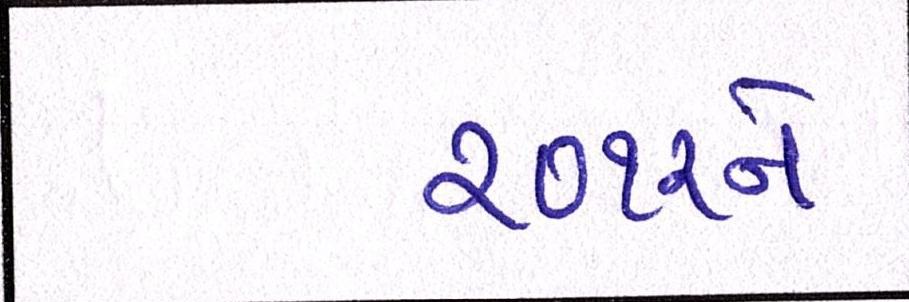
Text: ૨૦૧૨ને